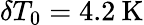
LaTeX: \delta T_{0}=4.2\: \mathrm{K}